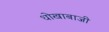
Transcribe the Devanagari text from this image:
धोखाबाजी